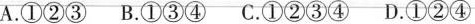
A.①②③B.①③④C.①②③④D.①②④